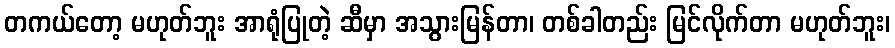
တကယ်တော့ မဟုတ်ဘူး အာရုံပြုတဲ့ ဆီမှာ အသွားမြန်တာ၊ တစ်ခါတည်း မြင်လိုက်တာ မဟုတ်ဘူး၊